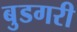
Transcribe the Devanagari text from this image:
बुडगरी